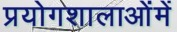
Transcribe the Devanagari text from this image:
प्रयोगशालाओंमें